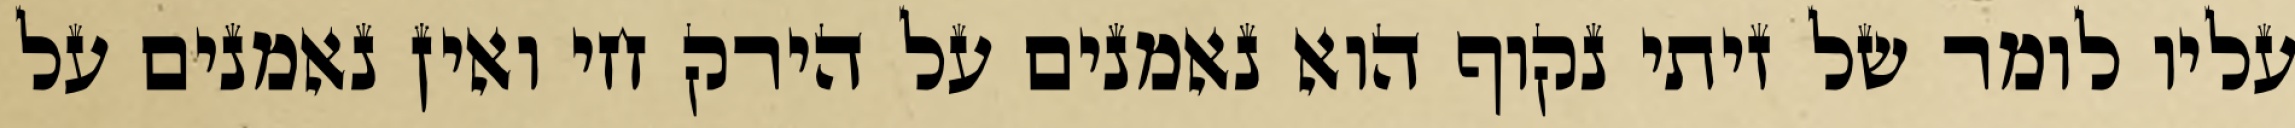
עליו לומר של זיתי נקוף הוא נאמנים על הירק חי ואין נאמנים על